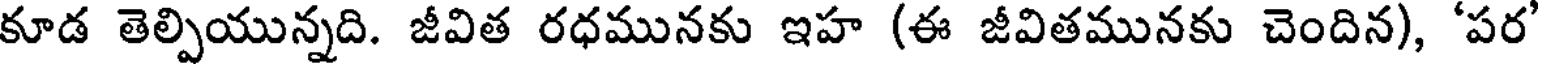
కూడ తెల్పియున్నది. జీవిత రధమునకు ఇహ (ఈ జీవితమునకు చెందిన), 'పర